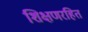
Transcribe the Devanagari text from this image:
शिक्षणरहित